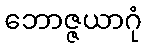
ဘောဇ္ဇယာဂုံ